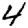
Digit: 4